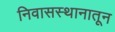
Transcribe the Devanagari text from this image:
निवासस्थानातून